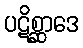
ပဋိစ္ဆာဒေ